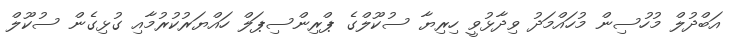
އަބްދުލް މުހުސިން މުހައްމަދު ވިދާޅުވީ ހިރިޔާ ސުކޫލްގެ ޕްރިންސިޕަލް ހައްޔަރުކުރުމާއި ގުޅިގެން ސުކޫލް